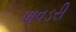
પાવડરી